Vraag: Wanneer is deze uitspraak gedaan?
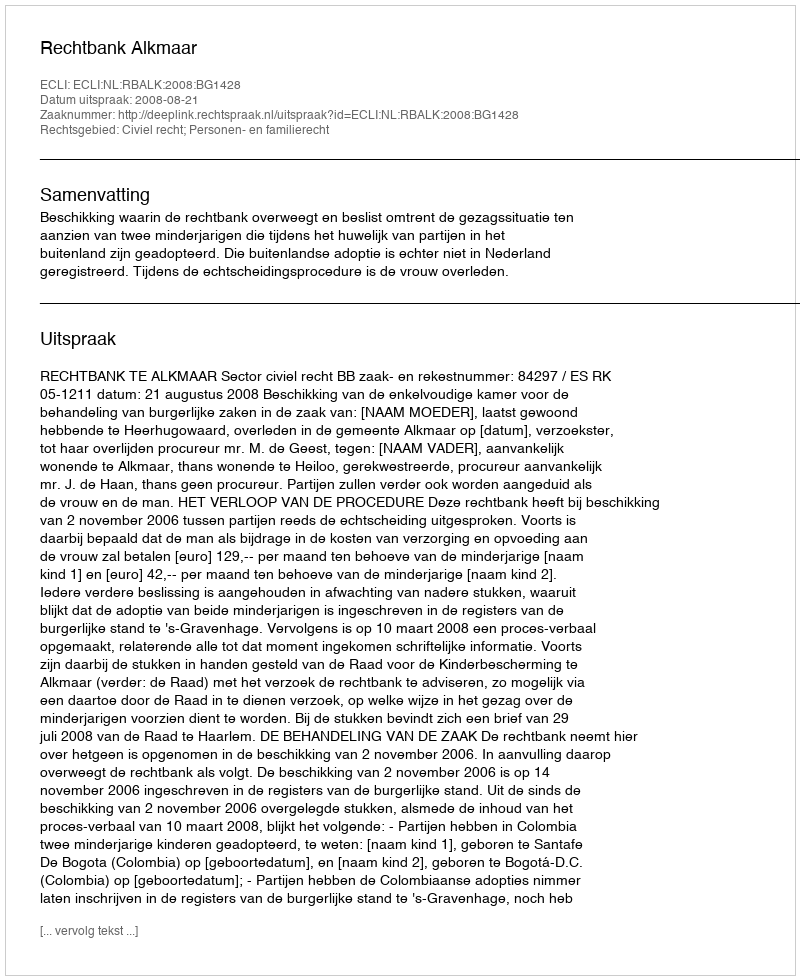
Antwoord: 2008-08-21